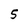
Character: 5